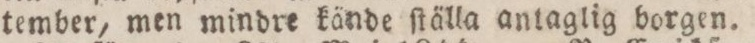
tember, men mindre kände ſtälla antaglig borgen.